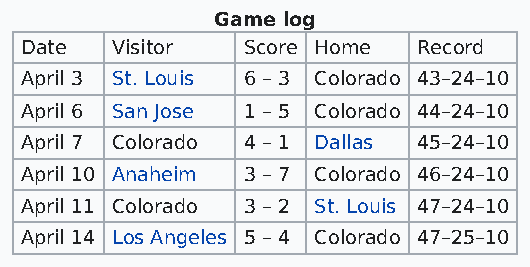
Game log
 Date  Visitor  Score Home  Record
 April 3 St. Louis 6 – 3 Colorado 43–24–10
 April 6 San Jose 1 – 5 Colorado 44–24–10
 April 7 Colorado 4 – 1 Dallas 45–24–10
 April 10 Anaheim 3 – 7 Colorado 46–24–10
 April 11 Colorado 3 – 2 St. Louis 47–24–10
 April 14 Los Angeles 5 – 4 Colorado 47–25–10